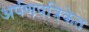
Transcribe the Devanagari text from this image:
अर्पणपत्रिकेत